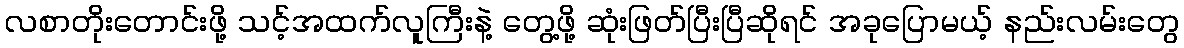
လစာတိုးတောင်းဖို့ သင့်အထက်လူကြီးနဲ့ တွေ့ဖို့ ဆုံးဖြတ်ပြီးပြီဆိုရင် အခုပြောမယ့် နည်းလမ်းတွေ